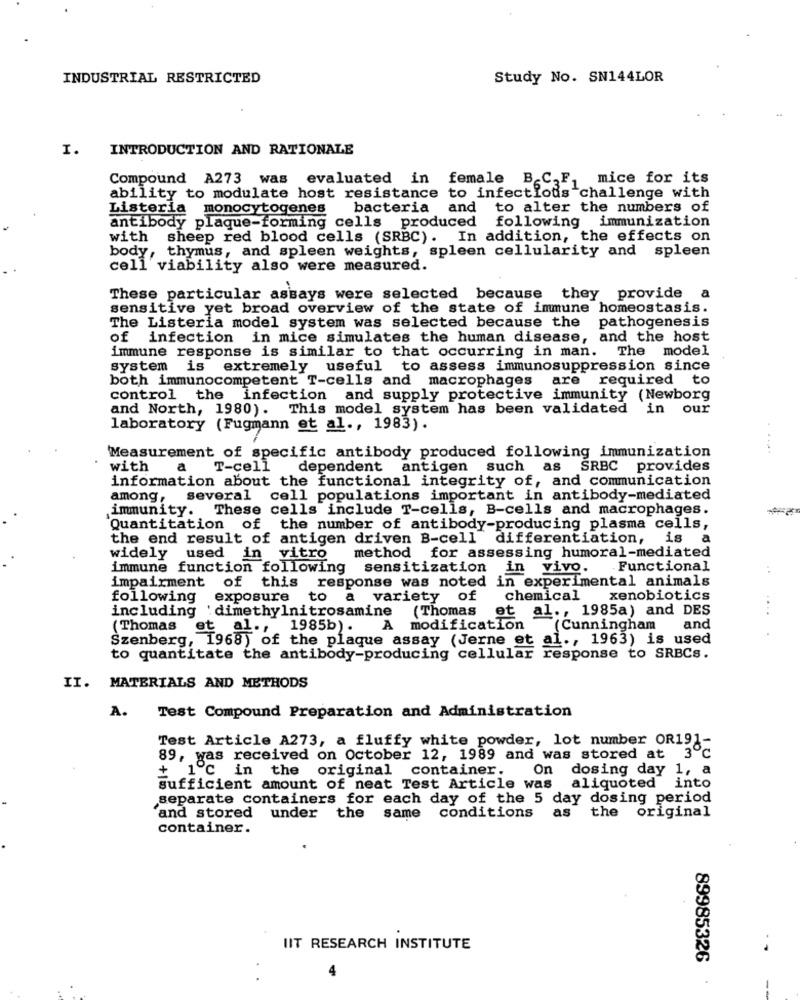
INDUSTRIAL RESTRICTED
Study No. SN144LOR
I.
INTRODUCTION AND RATIONALE
Compound A273 was evaluated in female B,C,F, mice for its
ability to modulate host resistance to infectious challenge with
Listeria monocytogenes
bacteria and to alter the numbers of
antibody plaque-forming cells produced following immunization
with
sheep red blood cells (SRBC). In addition, the effects on
body, thymus, and spleen weights, spleen cellularity and spleen
cell viability also were measured.
These particular assays were selected because
they provide a
sensitive yet broad overview of the state of immune homeostasis.
The Listeria model system was selected because the pathogenesis
of infection in mice simulates the human disease, and the host
immune response is similar to that occurring in man. The model
system is extremely useful to assess immunosuppression since
both immunocompetent T-cells and macrophages
are required to
control the infection and supply protective immunity (Newborg
and North, 1980). This model system has been validated in our
laboratory (Fugmann et al ., 1983).
Measurement of specific antibody produced following immunization
with
a
T-cell
dependent antigen such as SRBC provides
information about the functional integrity of, and communication
among,
several cell populations important in antibody-mediated
immunity. These cells include T-cells, B-cells and macrophages.
Quantitation of the number of antibody-producing plasma cells,
the end result of antigen driven B-cell differentiation, is a
widely
used in vitro
method for assessing humoral-mediated
immune function following sensitization in vivo.
Functional
impairment of this response was noted in experimental animals
following
exposure
to
a variety of
chemical xenobiotics
including :dimethylnitrosamine
al ., 1985a) and DES
(Thomas
et
1985b).
A modification
"(Cunningham and
Szenberg, 1968) of the plaque assay (Jerne et al ., 1963) is used
(Thomas et
to quantitate the antibody-producing cellular response to SRBCs.
II. MATERIALS AND METHODS
A.
Test Compound Preparation and Administration
Test Article A273, a fluffy white powder, lot number OR191-
3℃
89, was received on October 12, 1989 and was stored at
On
dosing day 1, a
+ 1 ℃ in the original container.
sufficient amount of neat Test Article was
aliquoted into
separate containers for each day of the 5 day dosing period
and stored under the same conditions
as
the original
container.
UIT RESEARCH INSTITUTE
. .
89985326